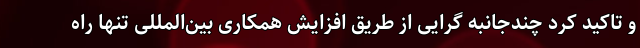
و تاکید کرد چندجانبه گرایی از طریق افزایش همکاری بین‌المللی تنها راه